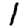
Digit: 1